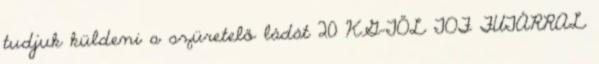
tudjuk küldeni a szüretelő ládát 20 KG-TŐL TOF FUTÁRRAL